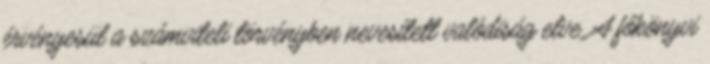
érvényesül a számviteli törvényben nevesített valódiság elve. A főkönyvi